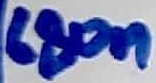
Text: 680n